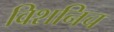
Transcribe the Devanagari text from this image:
विशनिच